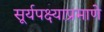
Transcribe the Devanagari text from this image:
सूर्यपक्ष्याप्रमाणे